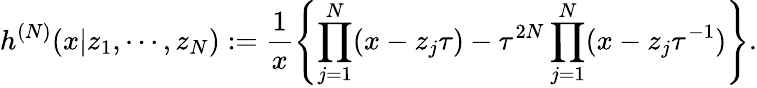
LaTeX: h^{(N)}(x|z_{1},\cdots,z_{N}):=\frac{1}{x}\left\{ \prod_{j=1}^{N}(x-z_{j}\tau)-\tau^{2N}\prod_{j=1}^{N}(x-z_{j}\tau^{-1})\right\} .